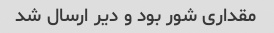
مقداری شور بود و دیر ارسال شد